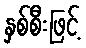
နှစ်စီးဖြင့်